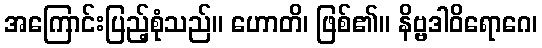
အကြောင်းပြည့်စုံသည်။ ဟောတိ၊ ဖြစ်၏။ နိဗ္ဗဒါဝိရောဂေ၊